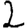
Digit: 2